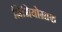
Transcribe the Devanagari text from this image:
मिमियोग्राफ